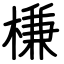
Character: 槏